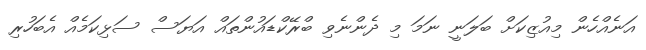
އަނެއްހެން މިއުޒިކަށް ބަލަނީ ނަމަ މި ދެންނެވި ބްރޭކްޑައުންތައް އަޔަސް ސަޅިކަމެއް އެބަހުރި